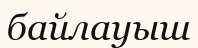
байлауыш